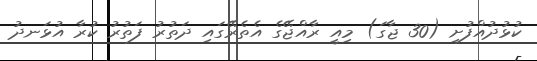
ކުޅުދުއްފުށި (30 ޖާގަ) މިއީ ރާއްޖޭގެ އެތެރޭގައި ދަތުރު ފަތުރު ކުރާ އުޅަނދު